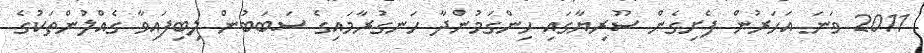
2011 ވަނަ އަހަރުން ފެށިގެން ސޫރިޔާގައި ހިންގަމުންދާ ހަނގުރާމައިގެ ސަބަބުން ލިބިފައިވާ ގެއްލުންތަކުގެ